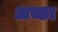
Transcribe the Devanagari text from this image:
अच्छा